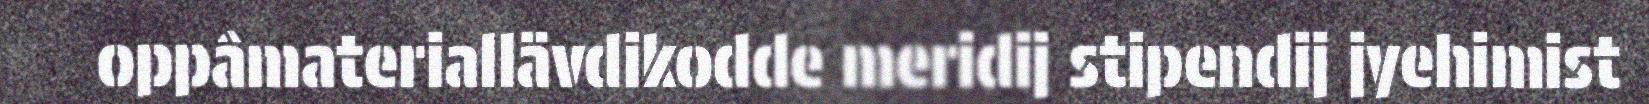
oppâmateriallävdikodde meridij stipendij jyehimist